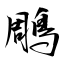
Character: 鵰